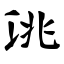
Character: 洮